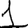
Digit: 1